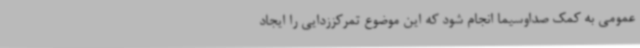
عمومی به کمک صداوسیما انجام شود که این موضوع تمرکززدایی را ایجاد